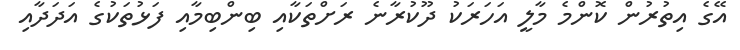
އޭގެ އިތުރުން ކޮންމެ މާލީ އަހަރަކު ދޫކުރާނެ ރަށްތަކާއި ބިންބިމާއި ފަޅުތަކުގެ އަދަދާއި